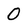
Character: 0